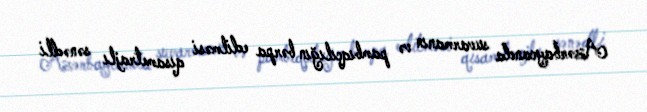
Azərbaycanda suvarmanın və pambıqçılığın bərpa edilməsi qısametrajlı sənədli